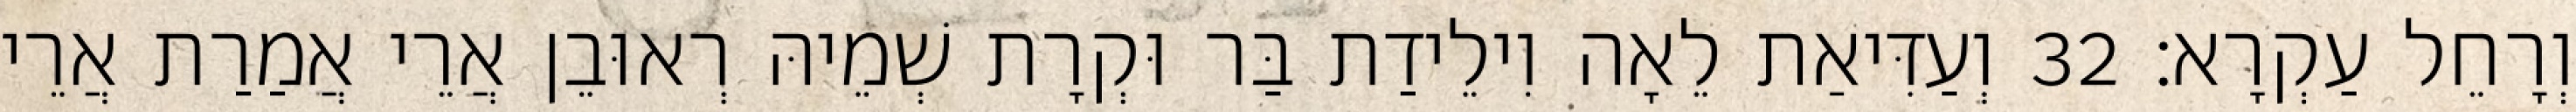
וְרָחֵל עַקְרָא׃ 32 וְעַדִּיאַת לֵאָה וִילֵידַת בַּר וּקְרָת שְׁמֵיהּ רְאוּבֵן אֲרֵי אֲמַרַת אֲרֵי